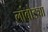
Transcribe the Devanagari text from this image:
लांबोड्या